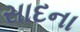
સાદના